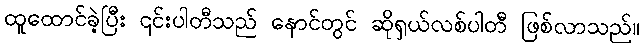
ထူထောင်ခဲ့ပြီး ၎င်းပါတီသည် နောင်တွင် ဆိုရှယ်လစ်ပါတီ ဖြစ်လာသည်။